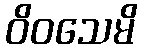
ဝိဝသေမိ